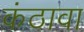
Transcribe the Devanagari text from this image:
कंठावा